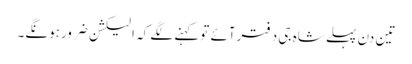
تین دن پہلے شاہ جی دفترآئے توکہنے لگے کہ الیکشن ضرورہونگے۔